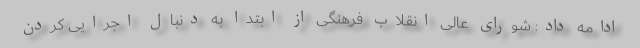
ادامه داد: شورای عالی انقلاب فرهنگی از ابتدا به دنبال اجرایی کردن